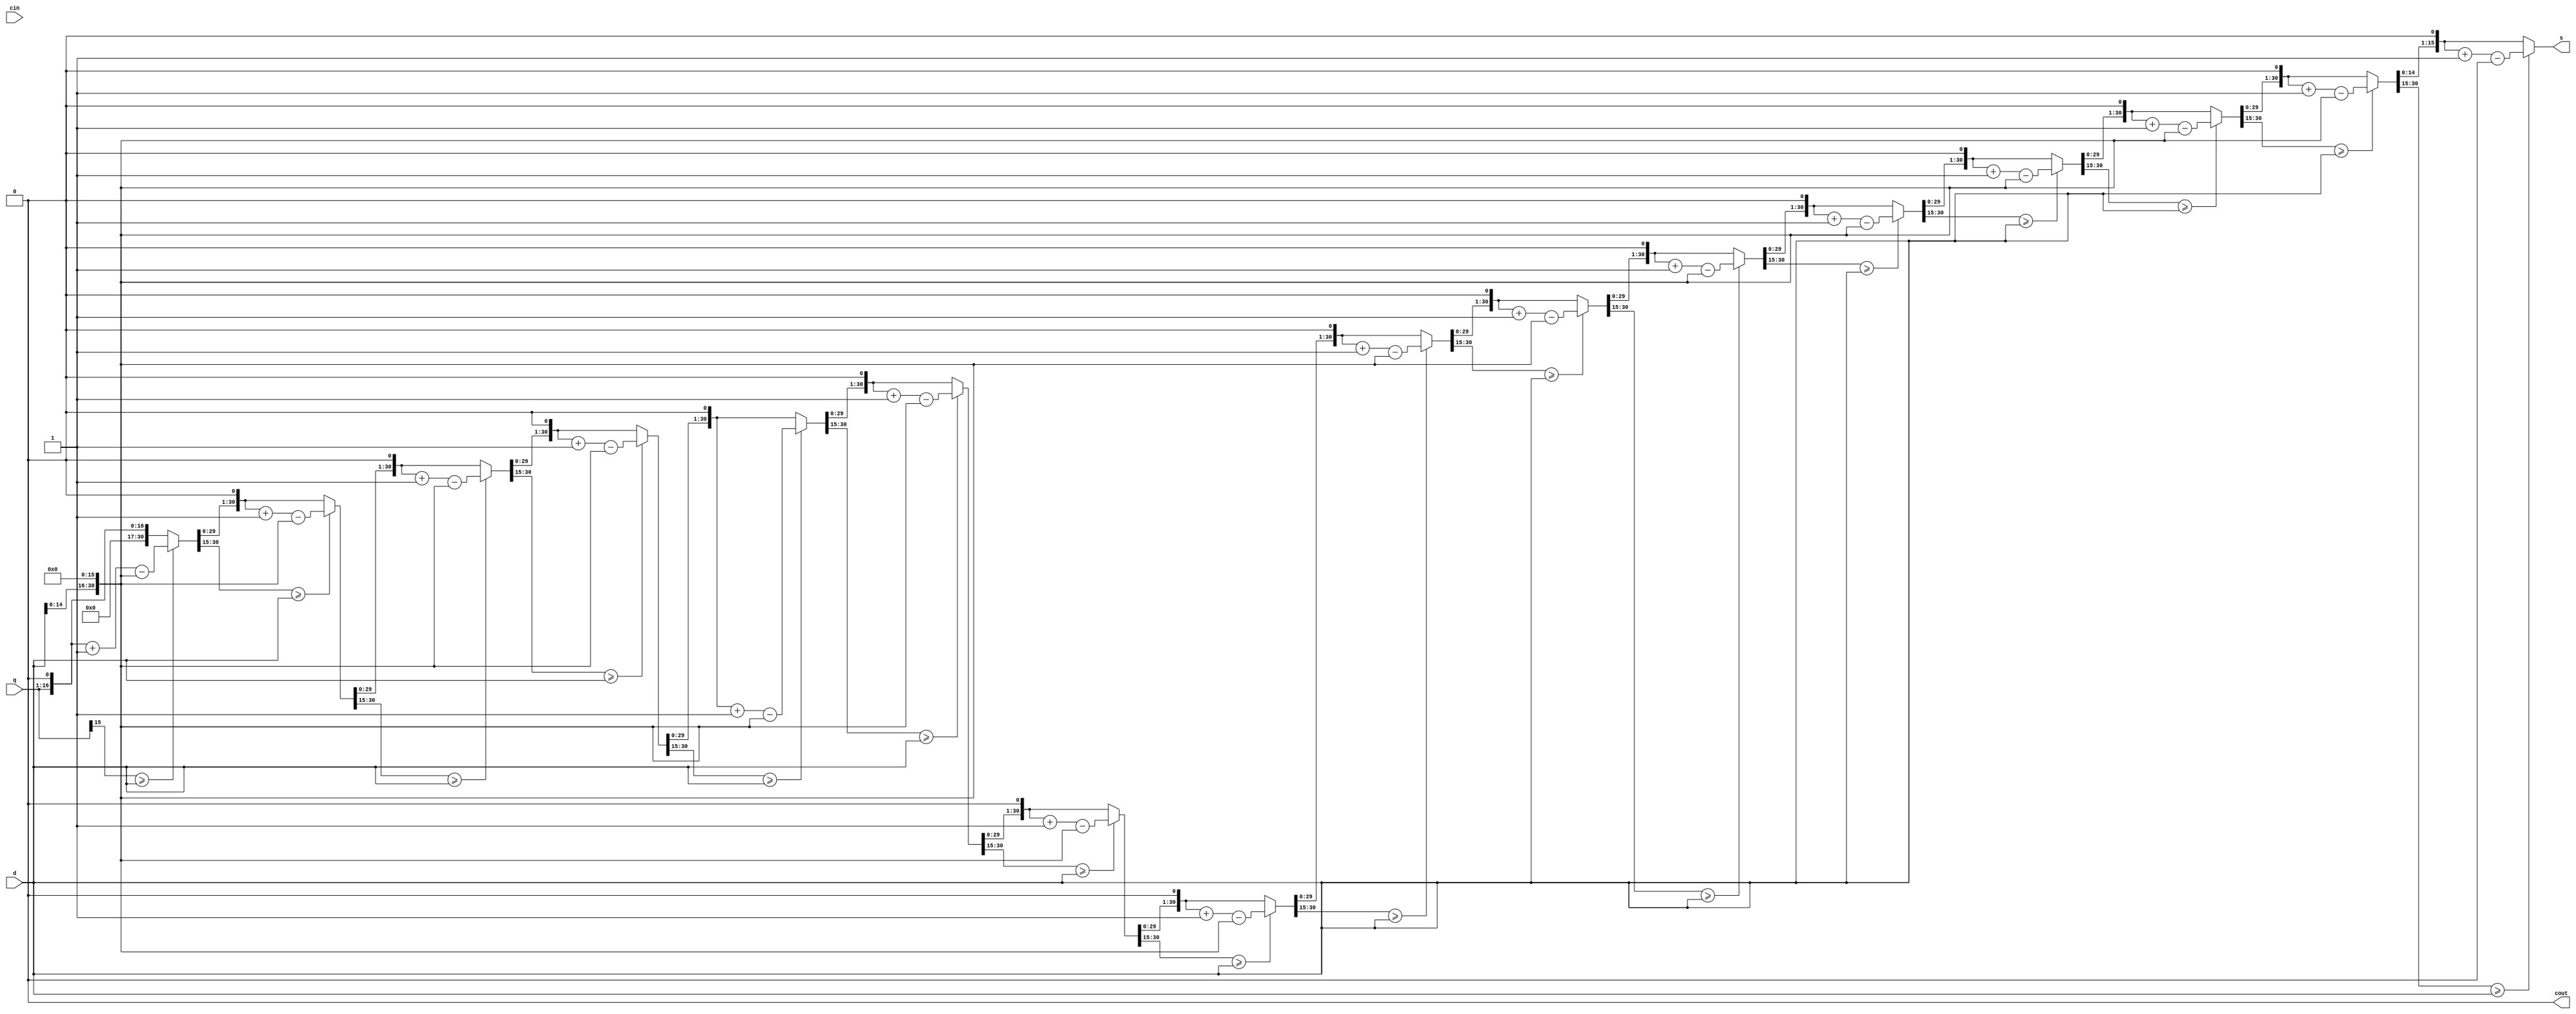
module div(input [15:0] q, d, input cin, output reg [15:0] s, output reg cout);

	reg [15:0 ] r;
	reg [31:0] rq;
	reg [31:0] tempd;
	
	
	
always@(*)
begin
	tempd = {d, 16'b0000_0000_0000_0000};
	 r = 0;
	 rq = {r,q};
	 
repeat(16) begin	
	 rq = rq << 1;
	if(rq[31:16] >= d) begin 
		 rq = rq +1;
		 rq = rq-tempd;
	end
	
	s = rq[15:0];
end

		cout = 0;
end

endmodule